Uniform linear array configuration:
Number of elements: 12
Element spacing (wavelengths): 0.25
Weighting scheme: hann
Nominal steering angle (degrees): -45
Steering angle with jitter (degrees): -43.614
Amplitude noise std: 0.05
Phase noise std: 0.05

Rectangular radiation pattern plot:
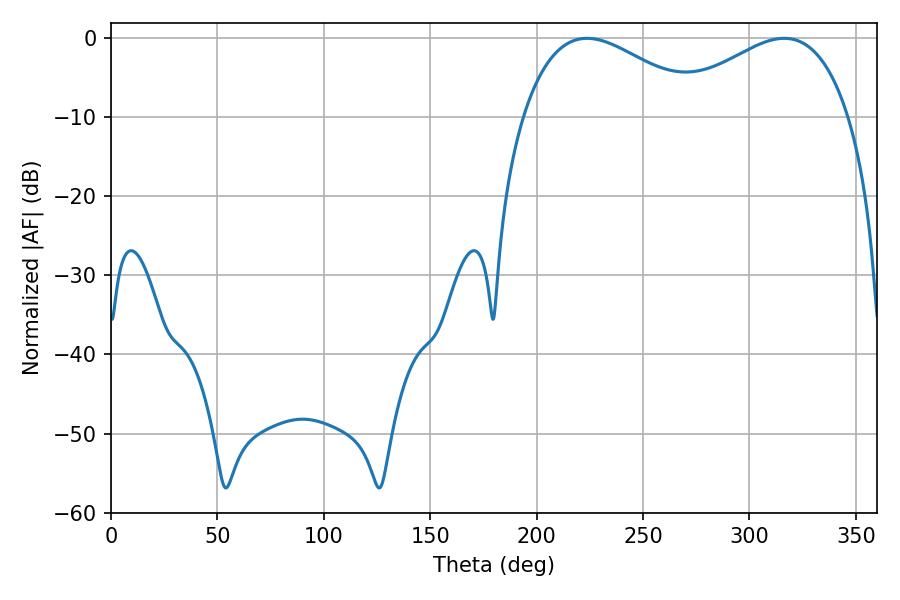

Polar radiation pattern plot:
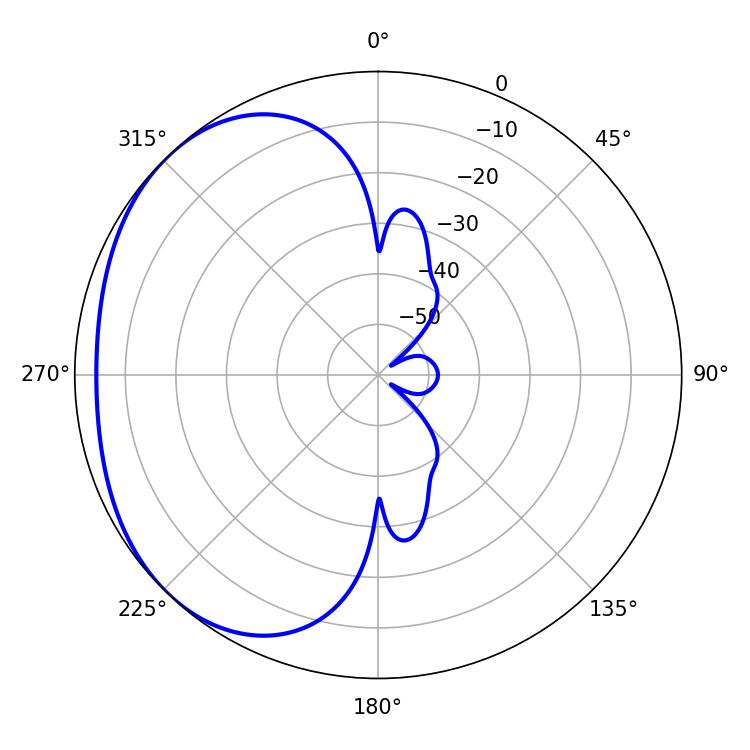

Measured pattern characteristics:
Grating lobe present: FALSE
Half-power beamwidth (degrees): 46.62
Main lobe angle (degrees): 223.74